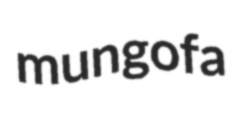
mungofa